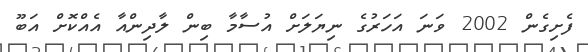
ފެށިގެން 2002 ވަނަ އަހަރުގެ ނިޔަލަށް އުސާމާ ބިން ލާދިންއާ އެއްކޮށް އަބޫ